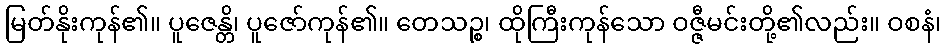
မြတ်နိုးကုန်၏။ ပူဇေန္တိ၊ ပူဇော်ကုန်၏။ တေသဉ္စ၊ ထိုကြီးကုန်သော ဝဇ္ဇီမင်းတို့၏လည်း။ ဝစနံ၊